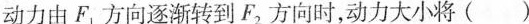
动力由 F_{1} 方向逐渐转到 F_{2} 方向时，动力大小将( )